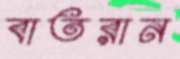
বাতরান